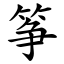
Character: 筝